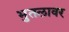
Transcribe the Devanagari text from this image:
भुतलावर